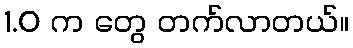
1.0 က တွေ တက်လာတယ်။